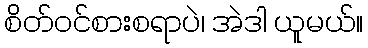
စိတ်ဝင်စားစရာပဲ၊ အဲဒါ ယူမယ်။